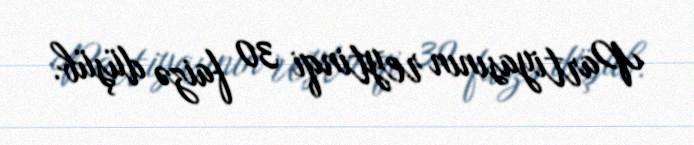
Partiyasının reytinqi 30 faizə düşüb.